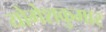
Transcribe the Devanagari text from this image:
योगेशकुमार